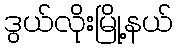
ဒွယ်လိုးမြို့နယ်